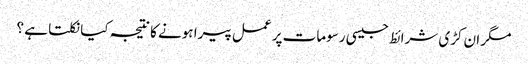
مگر ان کڑی شرائط جیسی رسومات پر عمل پیرا ہونے کا نتیجہ کیا نکلتا ہے ؟